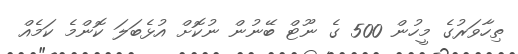
ތިހާވަރުގެ މީހުން 500 ގެ ނޫޓް ބޭނުން ނުކޮށް އުޅެބަލަ ކޮންމެ ކަމެއް